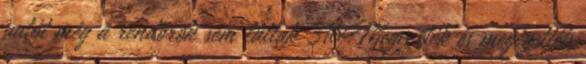
autót még a rendőrök sem láttak 316Megverték és megégették